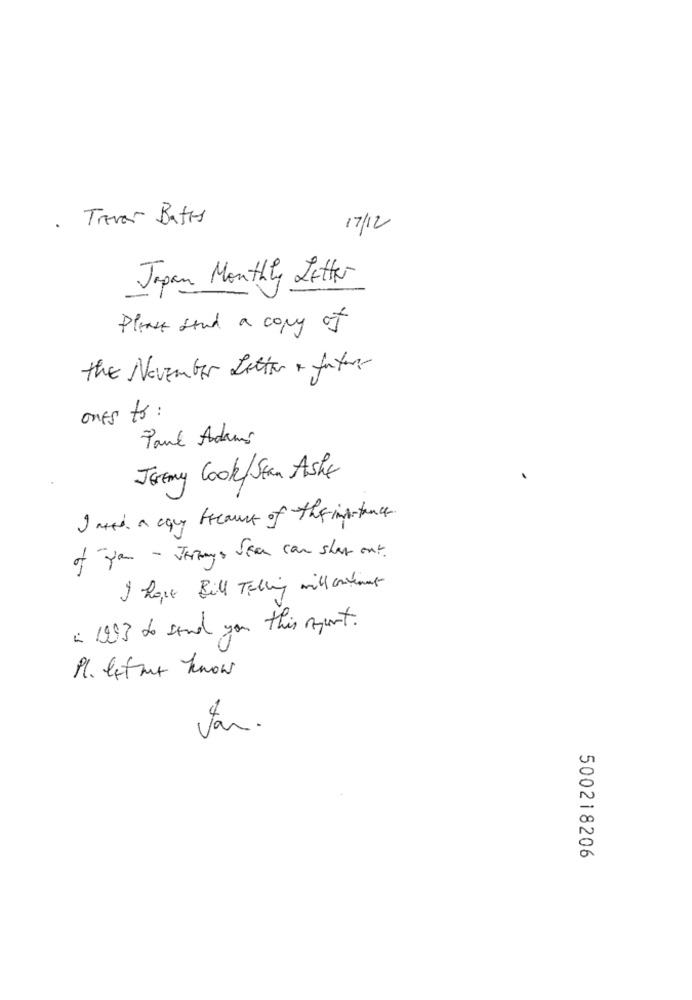
Trever Bates
.
17/12
Japan Monthly Letter
Please send a copy of
the November Letter + future
ones to :
Paul Adams
Jeremy Cook Stan Ashe
I need a aguy freance of the importance.
of you - Jimmys Seen can show out.
I hope Bill Telling will continue
a 1993 to send you this riport.
Pl. let me know
Jan.
500218206